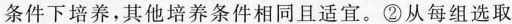
条件下培养，其他培养条件相同且适宜。②从每组选取